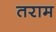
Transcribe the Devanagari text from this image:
तराम